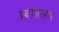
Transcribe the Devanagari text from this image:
प्रकाशग्रहण